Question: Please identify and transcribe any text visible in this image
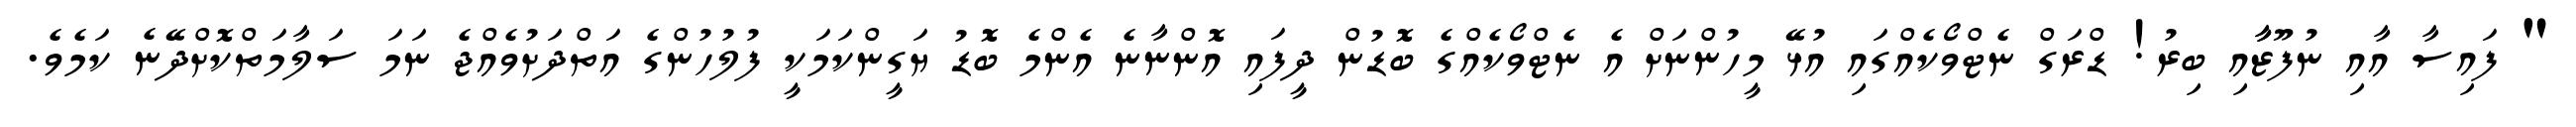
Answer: " ފައިސާ އާއި ނުފޫޒާާއި ބިރު! ޑްރަގް ނެޓްވޯކެއްގައި އުޅޭ މީހުންނަށް އެ ނެޓްވޯކެއްގެ ބޮޑުން ދީފައި އޮންނާނެ އެންމެ ބޮޑު ޔަގީންކަމަކީ ފުލުހުންގެ އަތްދަށުވެއްޖެ ނަމަ ސަލާމަތްކޮށްދޭނެ ކަމެވެ.